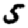
Digit: 5